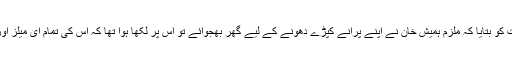
نیب کے ایک اہلکار نے عدالت کو بتایا کہ ملزم ہمیش خان نے اپنے پُرانے کپڑے دھونے کے لیے گھر بھجوائے تو اُس پر لکھا ہوا تھا کہ اُس کی تمام ای میلز اور خطوط ضائع کردیے جائیں۔